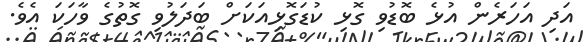
އަދި އަހަރެން އުޅެ ބޮޑުވި ގޮޅި ކުޑަގޮޅިއަކަށް ބަދަލުވި ގޮތުގެ ވާހަކަ އެވެ.